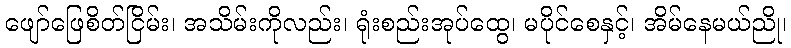
ဖျော်ဖြေစိတ်ငြိမ်း၊ အသိမ်းကိုလည်း၊ ရုံးစည်းအုပ်ထွေ၊ မပိုင်စေနှင့်၊ အိမ်နေမယ်ညို၊